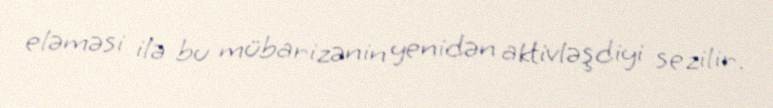
eləməsi ilə bu mübarizənin yenidən aktivləşdiyi sezilir.